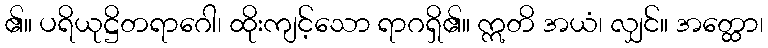
၏။ ပရိယုဋ္ဌိတရာဂေါ၊ ထိုးကျင့်သော ရာဂရှိ၏။ ဣတိ အယံ၊ လျှင်။ အတ္ထော၊